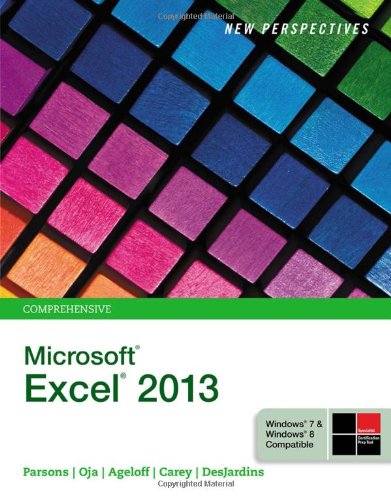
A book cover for New Perspectives on Microsoft Excel 2013, Comprehensive; June Jamrich Parsons; Computers & Technology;